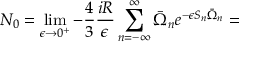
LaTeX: N _ { 0 } = \operatorname * { l i m } _ { \epsilon \rightarrow 0 ^ { + } } - \frac 4 3 \frac { i R } { \epsilon } \sum _ { n = - \infty } ^ { \infty } \bar { \Omega } _ { n } e ^ { - \epsilon S _ { n } \bar { \Omega } _ { n } } =